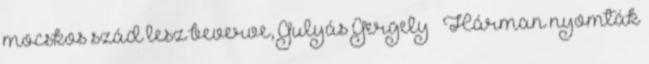
mocskos szád lesz beverve, Gulyás Gergely ” Hárman nyomták